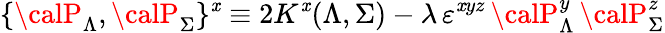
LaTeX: \{ {\calP}_{\Lambda},{\calP}_{\Sigma}\} ^{\mathit{x}}\equiv2K^{\mathit{x}}(\Lambda,\Sigma)-{{\lambda}}\, \varepsilon^{\mathit{x}yz}\, {\calP}_{\Lambda}^{y}\, {\calP}_{\Sigma}^{z}